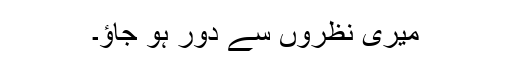
میری نظروں سے دُور ہو جاؤ۔